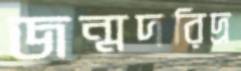
জন্মদরিদ্র